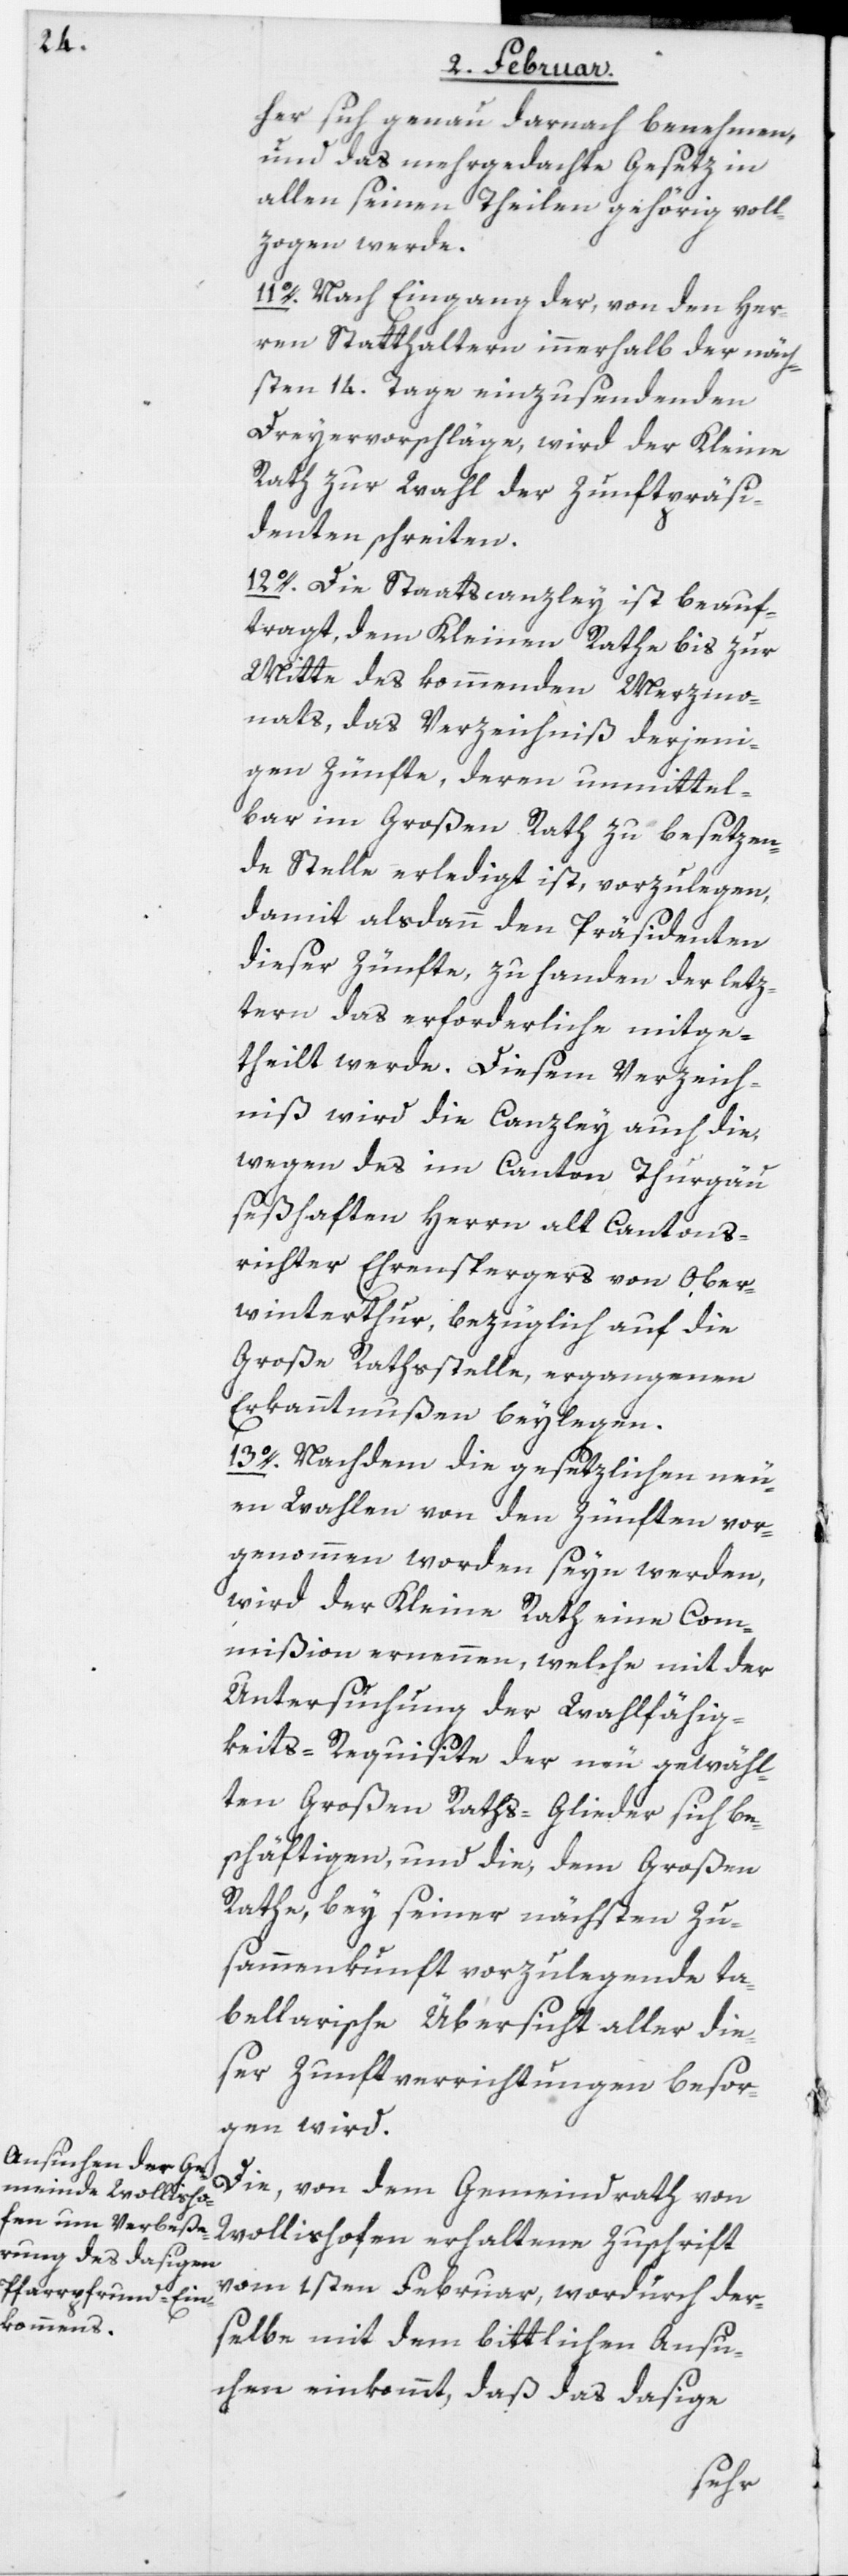
her sich genau darnach benehmen,
und das mehrgedachte Gesetz in
allen seinen Theilen gehörig voll¬
zogen werde.
11o. Nach Eingang der, von den Her¬
ren Statthaltern innerhalb der näch¬
sten 14. Tage einzusendenden
Dreyervorschläge, wird der Kleine
Rath zur Wahl der Zunftpräsi¬
denten schreiten.
12o. Die Staatscanzley ist beauf¬
tragt, dem Kleinen Rathe bis zur
Mitte des kommenden Merzmo¬
nats, das Verzeichniß derjeni¬
gen Zünfte, deren unmittel¬
bar im Großen Rath zu besetzen¬
de Stelle erledigt ist, vorzulegen,
damit alsdann den Präsidenten
dieser Zünfte, zu Handen der letz¬
tern das erforderliche mitge¬
theilt werde. Diesem Verzeich¬
niß wird die Canzley auch die,
wegen des im Canton Thurgäu
seßhaften Herrn alt Cantons¬
richter Ehrenspergers von Ober¬
winterthur, bezüglich auf die
Große Rathsstelle, ergangenen
Erkanntnußen beylegen.
13o. Nachdem die gesetzlichen neu¬
en Wahlen von den Zünften vor¬
genommen worden seyn werden,
wird der Kleine Rath eine Com¬
mißion ernennen, welche mit der
Untersuchung der Wahlfähig¬
keits-Requisite der neu gewähl¬
ten Großen Raths-Glieder sich be¬
schäftigen, und die, dem Großen
Rathe, bey seiner nächsten Zu¬
sammenkunft vorzulegende ta¬
bellarische Übersicht aller die¬
ser Zunftverrichtungen besor¬
gen wird.
Die, von dem Gemeindrath von
Wollishofen erhaltene Zuschrift
vom 1sten Februar, wordurch der¬
selbe mit dem bittlichen Ansu¬
chen einkommt, daß das dasige